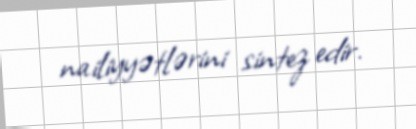
nailiyyətlərini sintez edir.